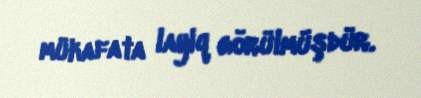
mükafata layiq görülmüşdür.